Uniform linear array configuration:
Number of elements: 48
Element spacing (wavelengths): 0.5
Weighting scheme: hamming
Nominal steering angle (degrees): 30
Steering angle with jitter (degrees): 28.604
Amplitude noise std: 0.05
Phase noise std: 0.05

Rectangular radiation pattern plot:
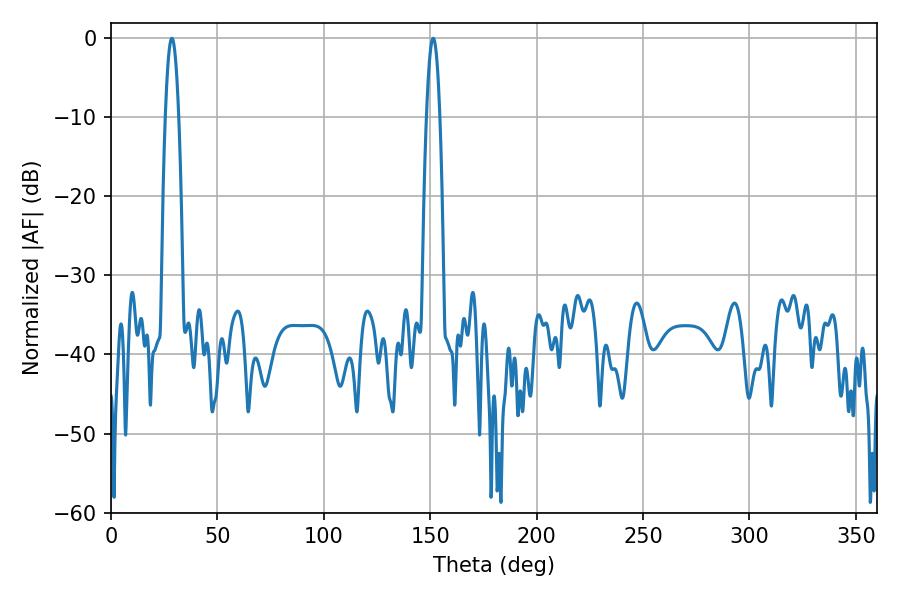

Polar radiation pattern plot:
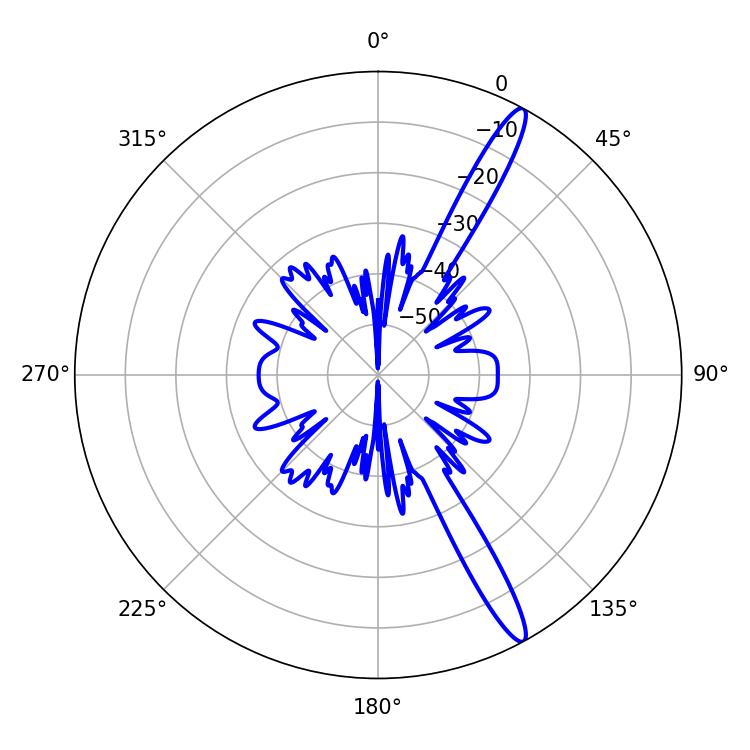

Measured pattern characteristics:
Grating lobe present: FALSE
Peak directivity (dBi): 15.024
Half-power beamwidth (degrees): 3.42
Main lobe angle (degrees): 28.62